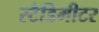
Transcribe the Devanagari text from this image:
स्टैडिमीटर